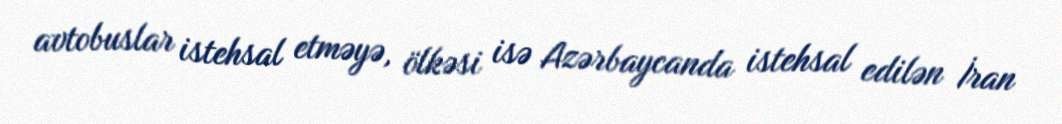
avtobuslar istehsal etməyə, ölkəsi isə Azərbaycanda istehsal edilən İran